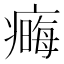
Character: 𤹾